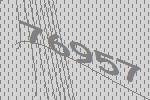
76957